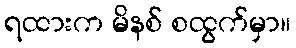
ရထားက မိနစ် စထွက်မှာ။